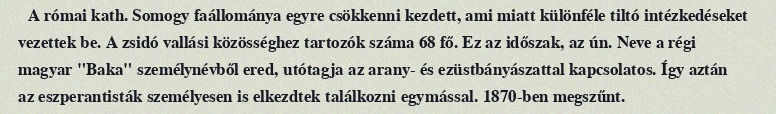
A római kath. Somogy faállománya egyre csökkenni kezdett, ami miatt különféle tiltó intézkedéseket vezettek be. A zsidó vallási közösséghez tartozók száma 68 fő. Ez az időszak, az ún. Neve a régi magyar "Baka" személynévből ered, utótagja az arany- és ezüstbányászattal kapcsolatos. Így aztán az eszperantisták személyesen is elkezdtek találkozni egymással. 1870-ben megszűnt.